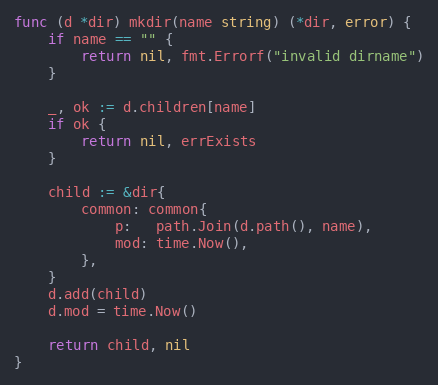
Language: Go
func (d *dir) mkdir(name string) (*dir, error) {
	if name == "" {
		return nil, fmt.Errorf("invalid dirname")
	}

	_, ok := d.children[name]
	if ok {
		return nil, errExists
	}

	child := &dir{
		common: common{
			p:   path.Join(d.path(), name),
			mod: time.Now(),
		},
	}
	d.add(child)
	d.mod = time.Now()

	return child, nil
}